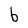
Character: b